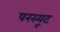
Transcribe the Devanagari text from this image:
परस्यूट